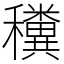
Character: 䆏